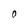
Character: O